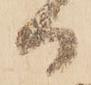
日